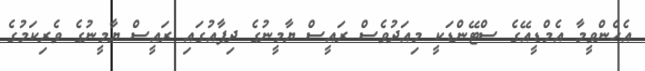
އެހެންވީމާ އެމްޑީއޭގެ ސްޓޭންޑަކީ މިއަދުވެސް ރައީސް ޔާމީނުގެ ދިފާއުގައި ރައީސް ޔާމީނުގެ ވެރިކަމުގެ